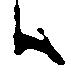
ハ